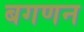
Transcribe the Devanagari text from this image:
बगणन